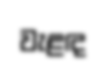
වැළඳ